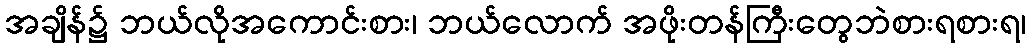
အချိန်၌ ဘယ်လိုအကောင်းစား၊ ဘယ်လောက် အဖိုးတန်ကြီးတွေဘဲစားရစားရ၊